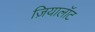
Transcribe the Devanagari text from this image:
ज़ियालॉट